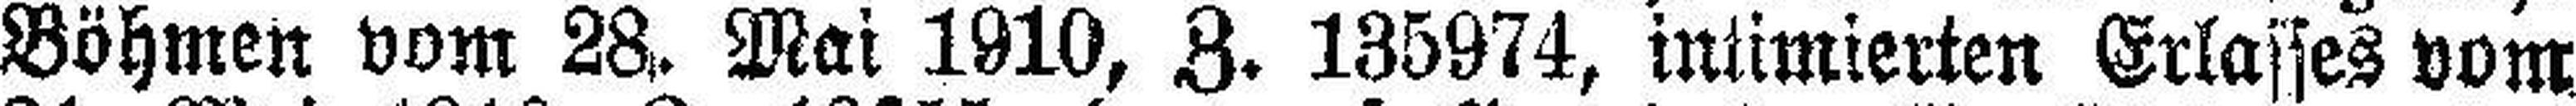
Böhmen vom 28. Mai 1910, Z. 135974, intimierten Erlasses vom